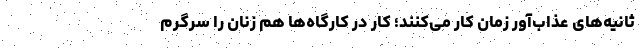
ثانیه‌های عذاب‌آور زمان کار می‌کنند؛ کار در کارگاه‌ها هم زنان را سرگرم